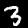
Label: 3